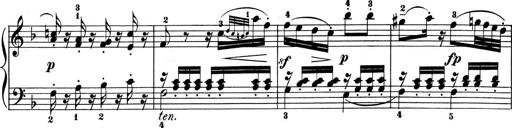
Title: 6 Piano Sonatinas
Composer: Cornelius Gurlitt